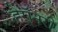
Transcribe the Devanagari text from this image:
हेरॉनरी